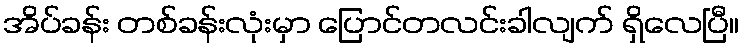
အိပ်ခန်း တစ်ခန်းလုံးမှာ ပြောင်တလင်းခါလျက် ရှိလေပြီ။